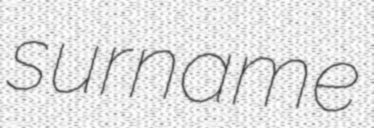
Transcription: surname